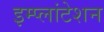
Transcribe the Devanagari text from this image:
इम्प्लांटेशन